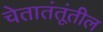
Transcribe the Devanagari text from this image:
चेतातंतूंतील